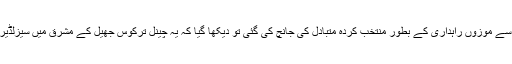
وزارت کے بارے میں EIA کی رائے میں؛ جب اس منصوبے کے سب سے موزوں راہداری کے بطور منتخب کردہ متبادل کی جانچ کی گئی تو دیکھا گیا کہ یہ چینل ترکوس جھیل کے مشرق میں سیزلڈیر ڈیم اور کیکیکسمس جھیل کا استعمال کرتے ہوئے بحر مرمرا تک پہنچا۔